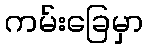
ကမ်းခြေမှာ